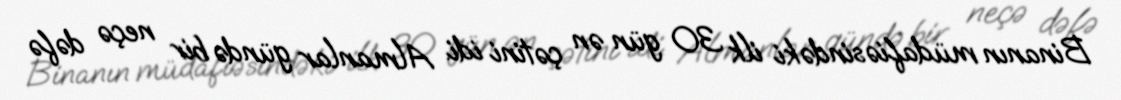
Binanın müdafiəsindəki ilk 30 gün ən çətini idi. Almanlar gündə bir neçə dəfə